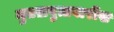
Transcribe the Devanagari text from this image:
मुतख़बुत्तवारीख